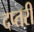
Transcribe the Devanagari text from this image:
दप्तरी